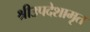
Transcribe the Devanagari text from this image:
श्रीउपदेशामृत